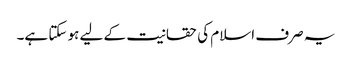
یہ صرف اسلام کی حقانیت کے لیے ہو سکتا ہے۔